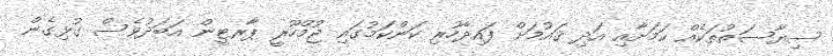
ސިޔާސަތުތަކެއް ކަމަށާއި އަދި ޤައުމަށް ފައިދާހުރި ކަންކަމުގައި ޖުމްހޫރީ ޕާރޓީން އަބަދުވެސް ގުޅިގެން